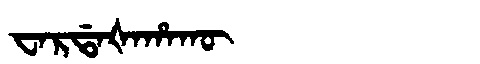
Manchu: ᠸᠠᡵᡩᠠᡧᠠᡥᠠᡴᡡ
Romanization: WARDAŠAHAKŪ